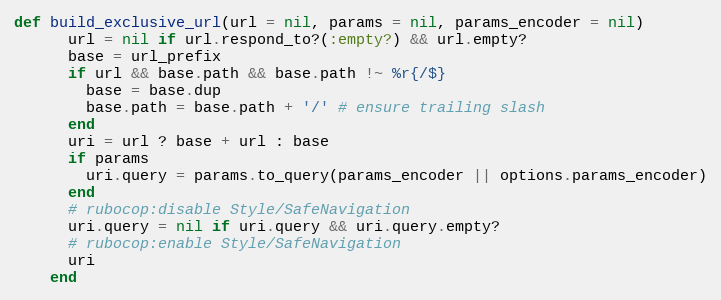
Language: Ruby
def build_exclusive_url(url = nil, params = nil, params_encoder = nil)
      url = nil if url.respond_to?(:empty?) && url.empty?
      base = url_prefix
      if url && base.path && base.path !~ %r{/$}
        base = base.dup
        base.path = base.path + '/' # ensure trailing slash
      end
      uri = url ? base + url : base
      if params
        uri.query = params.to_query(params_encoder || options.params_encoder)
      end
      # rubocop:disable Style/SafeNavigation
      uri.query = nil if uri.query && uri.query.empty?
      # rubocop:enable Style/SafeNavigation
      uri
    end